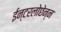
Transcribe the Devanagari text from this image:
ईन्टरलोछेन्न